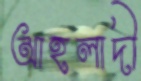
আহলাদী